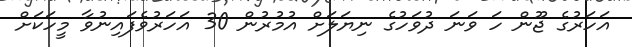
އަހަރުގެ ޖޫން ހަ ވަނަ ދުވަހުގެ ނިޔަލަށް އުމުރުން 30 އަހަރުވެފައިނުވާ މީހަކަށް